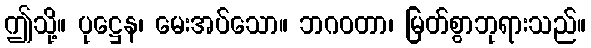
ဤသို့။ ပုဋ္ဌေန၊ မေးအပ်သော။ ဘဂဝတာ၊ မြတ်စွာဘုရားသည်။